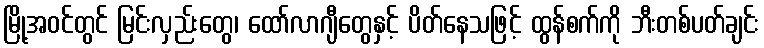
မြို့အဝင်တွင် မြင်းလှည်းတွေ၊ ထော်လာဂျီတွေနှင့် ပိတ်နေသဖြင့် ထွန်စက်ကို ဘီးတစ်ပတ်ချင်း